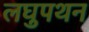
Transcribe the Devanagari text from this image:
लघुपथन